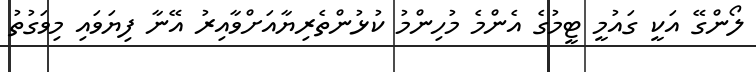
ލޯންގޭ އަކީ ގައުމީ ޓީމުގެ އެންމެ މުހިންމު ކުޅުންތެރިޔާއަށްވާއިރު އޭނާ ފިޔަވައި މިވަގުތު